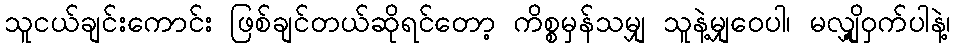
သူငယ်ချင်းကောင်း ဖြစ်ချင်တယ်ဆိုရင်တော့ ကိစ္စမှန်သမျှ သူနဲ့မျှဝေပါ၊ မလျှို့ဝှက်ပါနဲ့၊